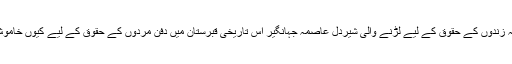
’’مٹتاہوالاہور‘‘ میں سوال اٹھایا گیا ہے کہ زندوں کے حقوق کے لیے لڑنے والی شیردل عاصمہ جہانگیر اس تاریخی قبرستان میں دفن مُردوں کے حقوق کے لیے کیوں خاموش ہیں، جہاں ان کے دادا کی بھی قبر ہے۔